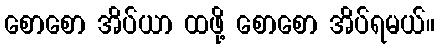
စောစော အိပ်ယာ ထဖို့ စောစော အိပ်ရမယ်။